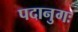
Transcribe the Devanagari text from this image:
पदानुगः